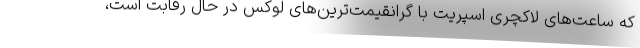
که ساعت‌های لاکچری اسپریت با گرانقیمت‌ترین‌های لوکس در حال رقابت است،